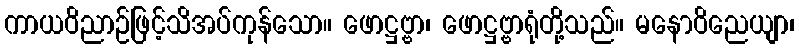
ကာယဝိညာဉ်ဖြင့်သိအပ်ကုန်သော။ ဖောဋ္ဌဗ္ဗာ၊ ဖောဋ္ဌဗ္ဗာရုံတို့သည်။ မနောဝိညေယျာ၊